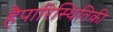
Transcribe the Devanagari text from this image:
हैपारिस्थितिकी